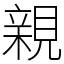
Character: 親